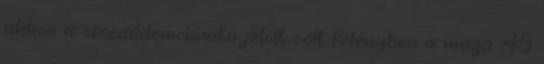
akkor a szociáldemokrata jelölt volt fölényben a maga 45